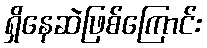
ရှိနေဆဲဖြစ်ကြောင်း